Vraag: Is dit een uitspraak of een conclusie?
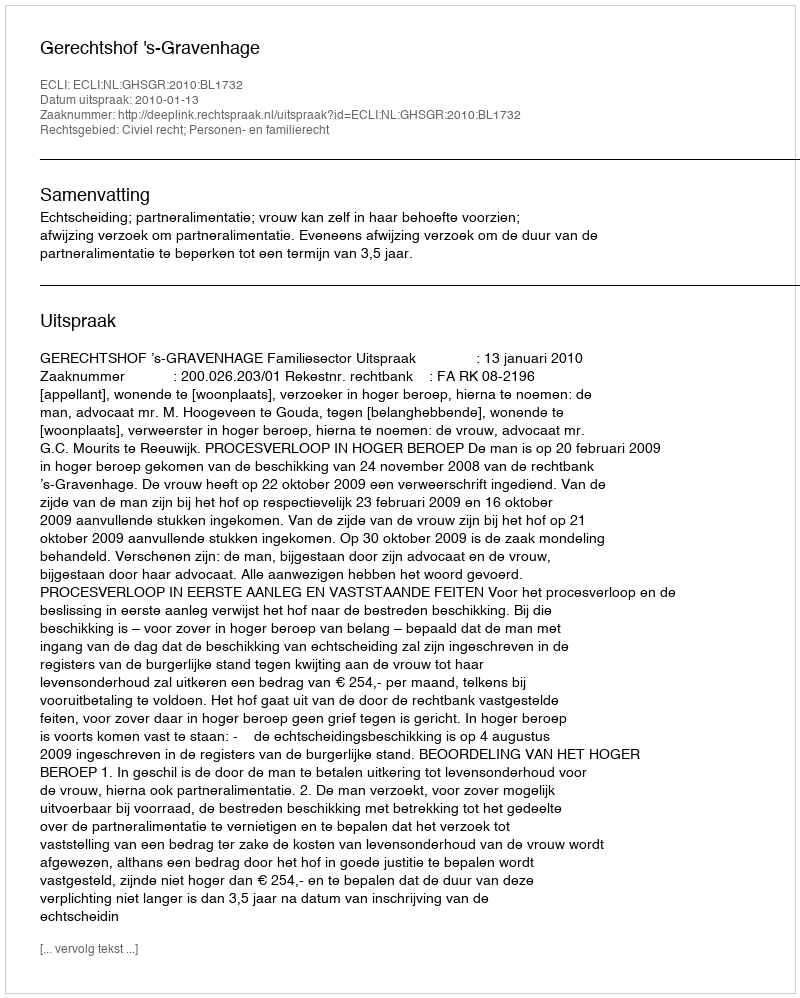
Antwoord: Uitspraak